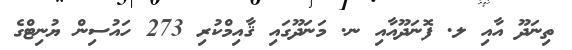
ތިނަދޫ އާއި ލ. ފޮނަދޫއާއި ނ. މަނަދޫގައި ޤާއިމްކުރި 273 ހައުސިން ޔުނިޓްގެ